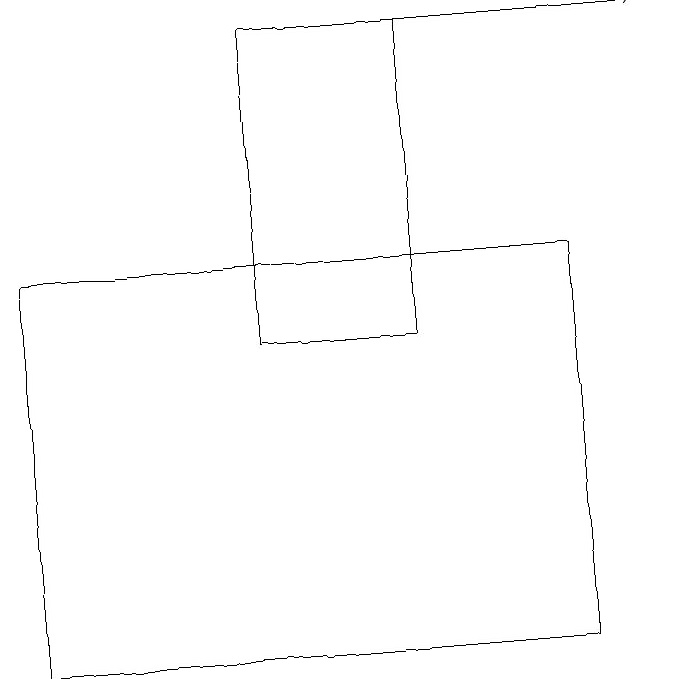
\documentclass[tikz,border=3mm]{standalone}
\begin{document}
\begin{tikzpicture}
\draw[->] (4,19) -- (8,19);
\draw (7,11) rectangle (0,16);
\draw (3,19) rectangle (5,15);
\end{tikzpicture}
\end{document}